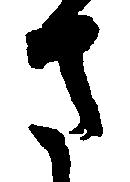
さ